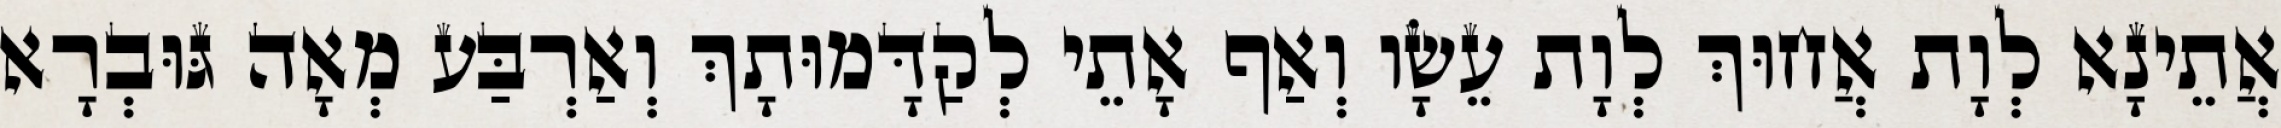
אֲתֵינָא לְוָת אֲחוּךְ לְוָת עֵשָׂו וְאַף אָתֵי לְקַדָּמוּתָךְ וְאַרְבַּע מְאָה גּוּבְרָא